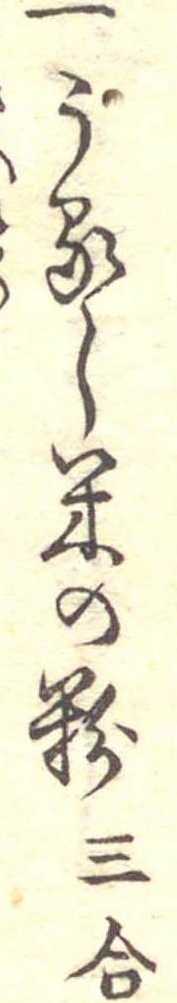
一うるし米の粉三合